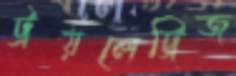
ট্রয়লেট্রিজ